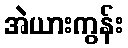
အဲယားကွန်း